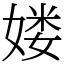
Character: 𡞱